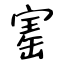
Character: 寚